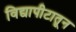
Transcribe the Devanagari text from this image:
विद्यापीटातून